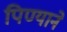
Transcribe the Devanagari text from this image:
पिण्याने